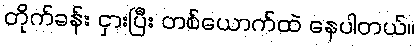
တိုက်ခန်း ငှားပြီး တစ်ယောက်ထဲ နေပါတယ်။